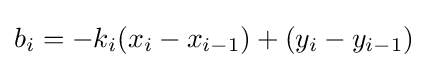
b_{i}=-k_{i}(x_{i}-x_{i-1})+(y_{i}-y_{i-1})